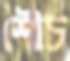
শৌচ